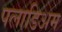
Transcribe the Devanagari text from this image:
पलाडिअम